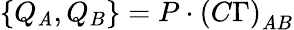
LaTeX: \left\{ Q_{\mathit{A}},Q_{B}\right\} =P\cdot\left(C\Gamma\right)_{\mathit{A}B}